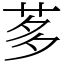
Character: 茤